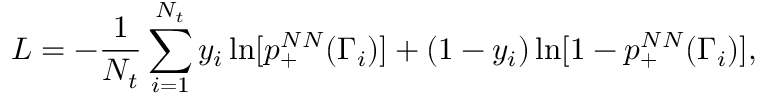
L = - \frac { 1 } { N _ { t } } \sum _ { i = 1 } ^ { N _ { t } } y _ { i } \ln [ p _ { + } ^ { N N } ( \Gamma _ { i } ) ] + ( 1 - y _ { i } ) \ln [ 1 - p _ { + } ^ { N N } ( \Gamma _ { i } ) ] ,